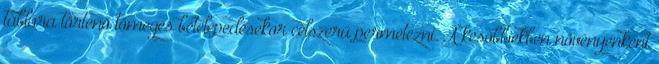
táblára történő tömeges betelepedésekor célszerű permetezni. A későbbiekben növényenként